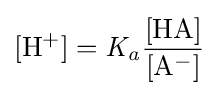
\mathrm {[H^{+}]={\mathit {K_{a}}}{\frac {[HA]}{[A^{-}]}}}